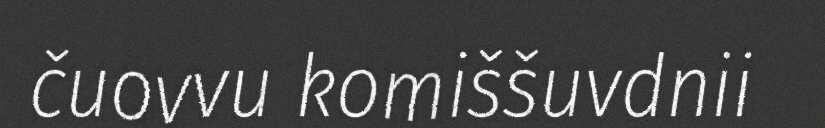
čuovvu komiššuvdnii